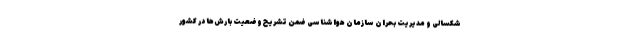
شکسالی و مدیریت بحران سازمان هواشناسی ضمن تشریح وضعیت بارش‌ها در کشور